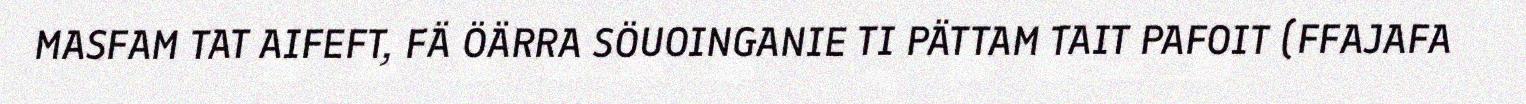
MASFAM TAT AIFEFT, FÄ ÖÄRRA SÖUOINGANIE TI PÄTTAM TAIT PAFOIT (FFAJAFA